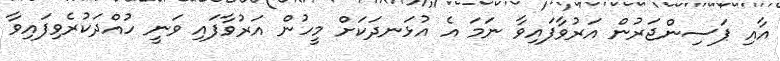
އާއި ޕަސިންޖަރުން އަރުވާފައިވާ ނަމަ އެ އުޅަނދަކަށް މީހުން އަރުވާފައި ވަނީ ހުއްދަކުރެވިފައިވާ